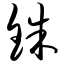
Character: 铢